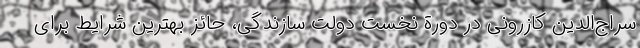
سراج‌الدین کازرونی در دورة نخست دولت سازندگی، حائز بهترین شرایط‌ برای